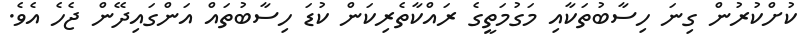
ކުށްކުރުން ގިނަ ހިސާބުތަކާއި މަގުމަތީގެ ރައްކާތެރިކަން ކުޑަ ހިސާބުތައް އަންގައިދޭން ޖެހެ އެވެ.